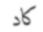
كاد